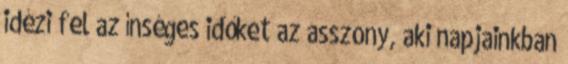
idézi fel az ínséges időket az asszony, aki napjainkban